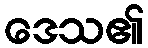
ဒေသ၏